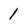
Character: 1